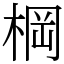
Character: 棡